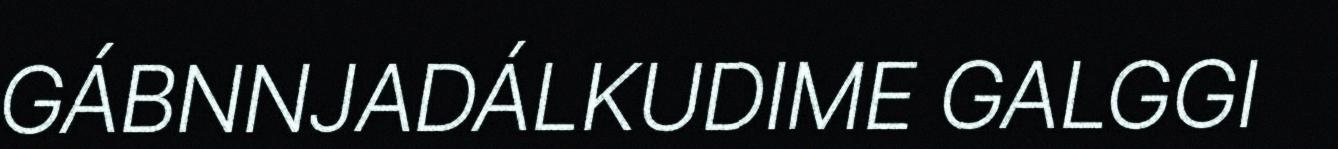
GÁBNNJADÁLKUDIME GALGGI